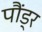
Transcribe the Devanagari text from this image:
पौंड्र